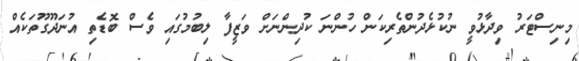
މިނިސްޓަރު ވިދާޅުވީ ނުކުޅެދުންތެރިކަން ހުންނަ ކުދިންނަށް ވަޒީފާ ލިބުމުގައި ވެސް ބޮޑެތި އުނަދޫގޫތަކެއް